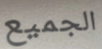
الجميع